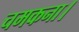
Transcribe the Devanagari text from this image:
चमकना।